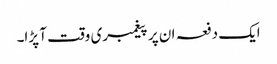
ایک دفعہ ان پر پیغمبری وقت آ پڑا۔